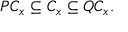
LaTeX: P C _ { x } \subseteq C _ { x } \subseteq Q C _ { x } .